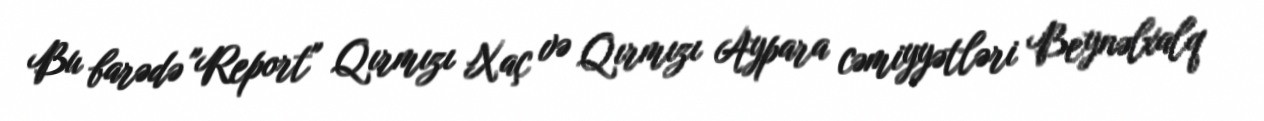
Bu barədə "Report" Qırmızı Xaç və Qırmızı Aypara cəmiyyətləri Beynəlxalq